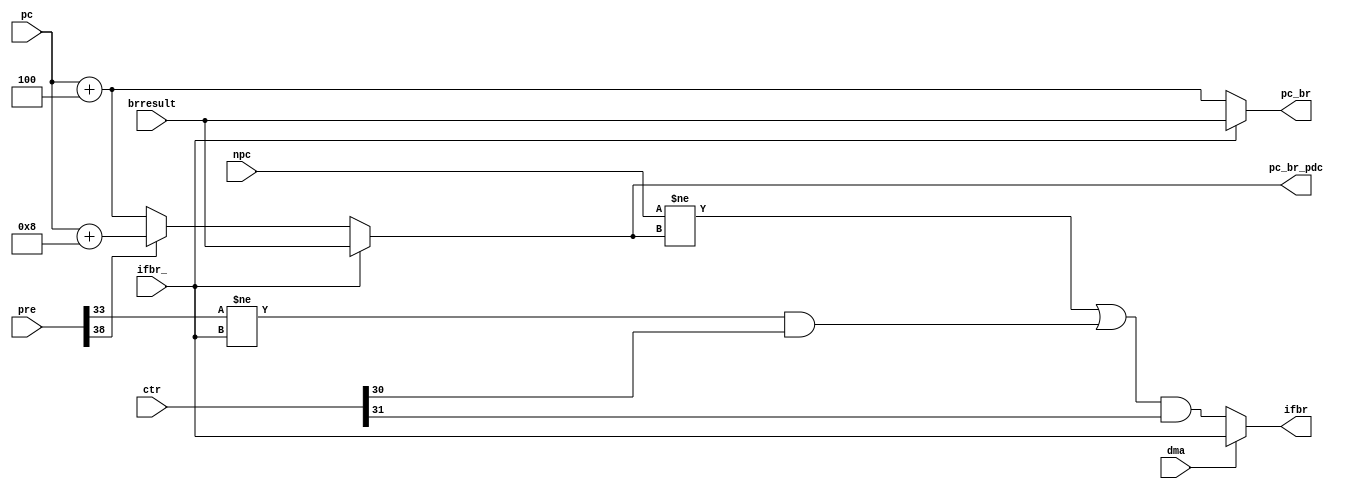
module br_pre (
    input [31:0]ctr,pc,brresult,npc,
    input [75:0]pre,
    input ifbr_,dma,
    output reg ifbr,
    output reg [31:0]pc_br,pc_br_pdc
);
    wire iftaken_pdc=pre[33];
    wire iftwo=pre[38];
    always @(*) begin
        pc_br=ifbr_?brresult:pc+4;
        pc_br_pdc=ifbr_?brresult:iftwo?pc+8:pc+4;
        if(dma)ifbr=ifbr_;
        else ifbr=(npc!=(ifbr_?brresult:iftwo?pc+8:pc+4)|((iftaken_pdc!=ifbr_)&ctr[30]))&ctr[31];
    end
endmodule